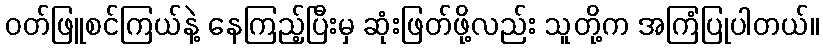
ဝတ်ဖြူစင်ကြယ်နဲ့ နေကြည့်ပြီးမှ ဆုံးဖြတ်ဖို့လည်း သူတို့က အကြံပြုပါတယ်။